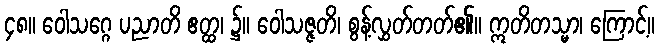
၄၈။ ဝေါသဂ္ဂေ ပညာတိ ဧတ္ထ၊ ၌။ ဝေါသဇ္ဇတိ၊ စွန့်လွှတ်တတ်၏။ ဣတိတသ္မာ၊ ကြောင့်။